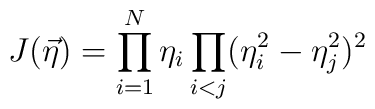
J(\vec{\eta } ) = \prod_{i=1}^{N} \eta_{i} \prod_{i<j} (\eta_{i}^{2}-\eta_{j}^{2} )^2